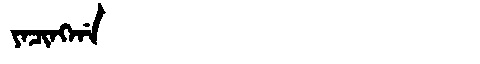
Manchu: ᠶᠠᠴᡳᠩᡤᠠ
Romanization: YACINGGA